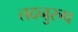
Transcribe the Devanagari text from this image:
तदनुरुप